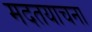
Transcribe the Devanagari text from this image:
मदतयाचना